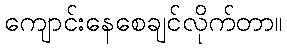
ကျောင်းနေစေချင်လိုက်တာ။